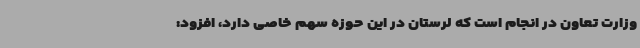
وزارت تعاون در انجام است که لرستان در این حوزه سهم خاصی دارد، افزود: